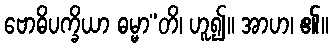
ဗောဓိပက္ခိယာ ဓမ္မာ”တိ၊ ဟူ၍။ အာဟ၊ ၏။